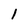
Character: 1